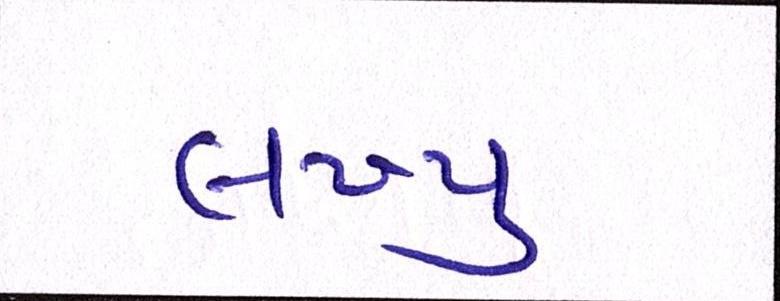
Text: લખ્યુ